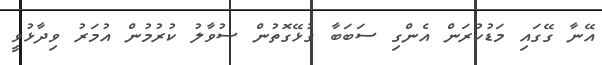
އޭނާ ގޭގައި މަޑުކުރަން އެންގި ސަބަބާ ގުޅޭގޮތުން ސުވާލު ކުރުމުން އުމަރު ވިދާޅުވީ